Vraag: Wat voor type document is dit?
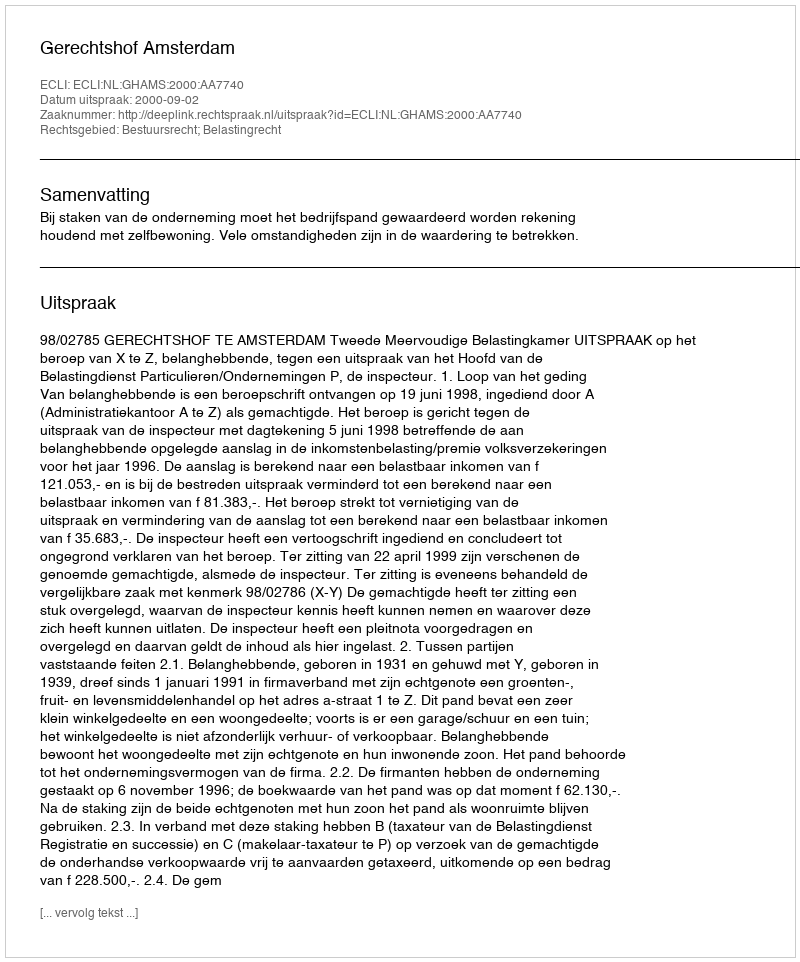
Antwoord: Uitspraak